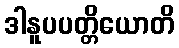
ဒါနူပပတ္တိယောတိ